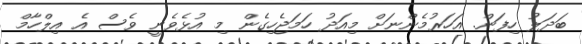
ބަދަލު ހިފަން. އަހަރުމެންނަށް މިއަދު ހަމަޖެހިގެން މި އުޅެވެނީ ވެސް އެ އިލްހާމް